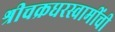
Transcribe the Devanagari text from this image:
श्रीचक्रधरस्वामींची